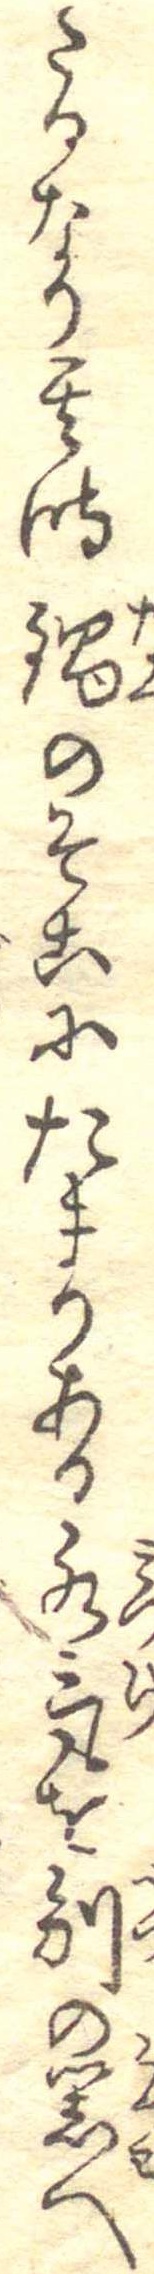
たるなり其時鍋のそこにたまりある水気を別の器へ